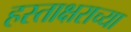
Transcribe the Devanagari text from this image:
हस्ताक्षराच्या